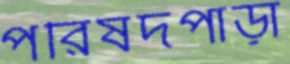
পরিষদপাড়া